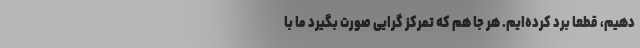
دهیم، قطعا بُرد کرده‌ایم. هر جا هم که تمرکز گرایی صورت بگیرد ما با